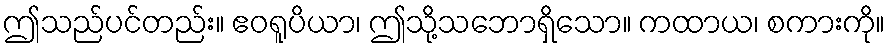
ဤသည်ပင်တည်း။ ဧဝရူပိယာ၊ ဤသို့သဘောရှိသော။ ကထာယ၊ စကားကို။